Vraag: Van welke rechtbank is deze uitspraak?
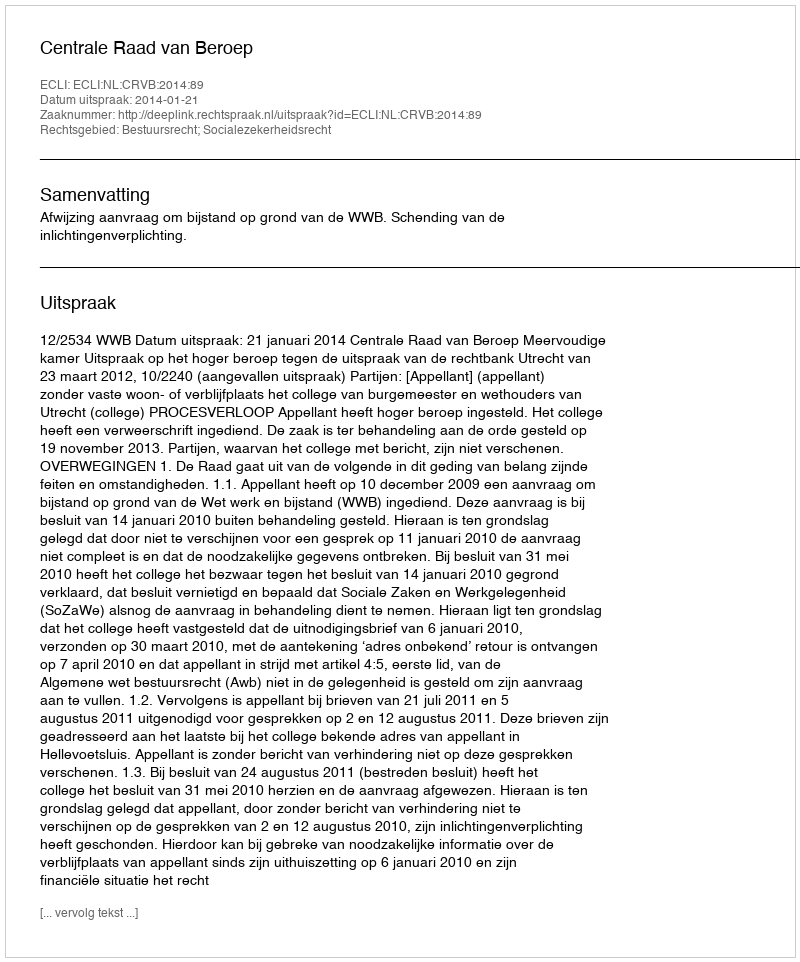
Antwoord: Centrale Raad van Beroep